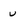
Character: u